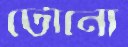
টোনো